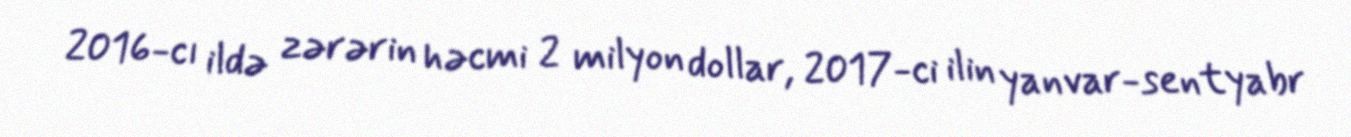
2016-cı ildə zərərin həcmi 2 milyon dollar, 2017-ci ilin yanvar-sentyabr